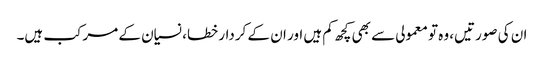
ان کی صورتیں، وہ تو معمولی سے بھی کچھ کم ہیں اور ان کے کردار خطا، نسیان کے مرکب ہیں۔